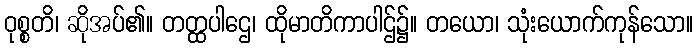
ဝုစ္စတိ၊ ဆိုအပ်၏။ တတ္ထပါဌေ၊ ထိုမာတိကာပါဌ်၌။ တယော၊ သုံးယောက်ကုန်သော။